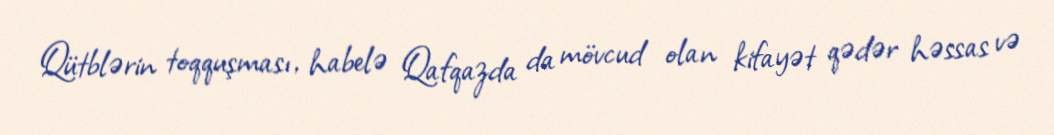
Qütblərin toqquşması, habelə Qafqazda da mövcud olan kifayət qədər həssas və